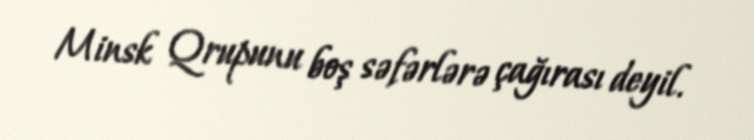
Minsk Qrupunu boş səfərlərə çağırası deyil.